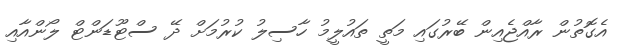
އެގޮތުން ރާއްޖެއިން ބޭރުގައި މަތީ ތައުލީމު ހާސިލު ކުރުމަށް ދޭ ސްޓޫޑަންޓް ލޯންއާއި